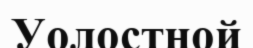
Уолостной